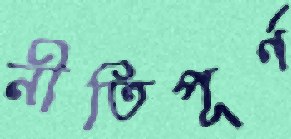
নীতিপূর্ণ